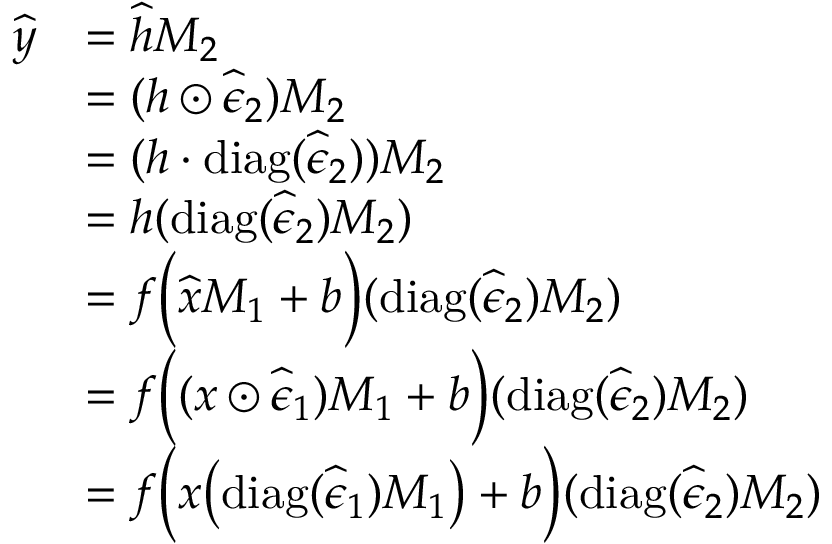
\begin{array} { r l } { \widehat { \boldsymbol { y } } } & { = \widehat { \boldsymbol { h } } \boldsymbol { M } _ { 2 } } \\ & { = ( \boldsymbol { h } \odot \widehat { \boldsymbol { \epsilon } } _ { 2 } ) \boldsymbol { M } _ { 2 } } \\ & { = ( \boldsymbol { h } \cdot \mathrm { d i a g } ( \widehat { \boldsymbol { \epsilon } } _ { 2 } ) ) \boldsymbol { M } _ { 2 } } \\ & { = \boldsymbol { h } ( \mathrm { d i a g } ( \widehat { \boldsymbol { \epsilon } } _ { 2 } ) \boldsymbol { M } _ { 2 } ) } \\ & { = f \Big ( \widehat { \boldsymbol { x } } \boldsymbol { M } _ { 1 } + \boldsymbol { b } \Big ) ( \mathrm { d i a g } ( \widehat { \boldsymbol { \epsilon } } _ { 2 } ) \boldsymbol { M } _ { 2 } ) } \\ & { = f \Big ( ( \boldsymbol { x } \odot \widehat { \boldsymbol { \epsilon } } _ { 1 } ) \boldsymbol { M } _ { 1 } + \boldsymbol { b } \Big ) ( \mathrm { d i a g } ( \widehat { \boldsymbol { \epsilon } } _ { 2 } ) \boldsymbol { M } _ { 2 } ) } \\ & { = f \Big ( \boldsymbol { x } \big ( \mathrm { d i a g } ( \widehat { \boldsymbol { \epsilon } } _ { 1 } ) \boldsymbol { M } _ { 1 } \big ) + \boldsymbol { b } \Big ) ( \mathrm { d i a g } ( \widehat { \boldsymbol { \epsilon } } _ { 2 } ) \boldsymbol { M } _ { 2 } ) } \end{array}